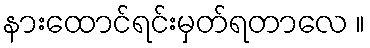
နားထောင်ရင်းမှတ်ရတာလေ ။